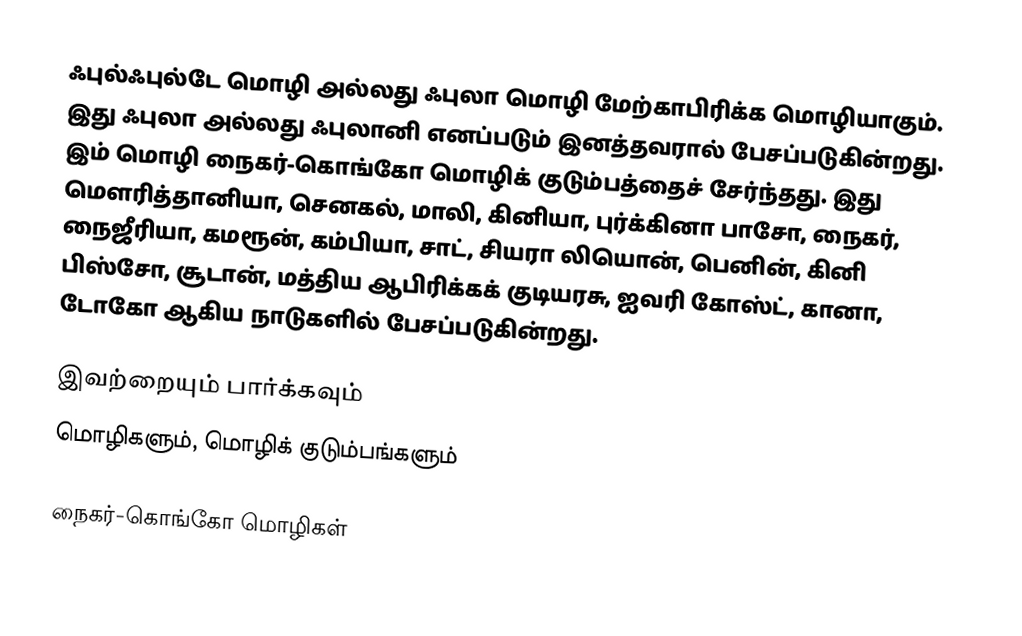
ஃபுல்ஃபுல்டே மொழி அல்லது ஃபுலா மொழி மேற்காபிரிக்க மொழியாகும். இது ஃபுலா அல்லது ஃபுலானி எனப்படும் இனத்தவரால் பேசப்படுகின்றது. இம் மொழி நைகர்-கொங்கோ மொழிக் குடும்பத்தைச் சேர்ந்தது. இது மௌரித்தானியா, செனகல், மாலி, கினியா, புர்க்கினா பாசோ, நைகர், நைஜீரியா, கமரூன், கம்பியா, சாட், சியரா லியொன், பெனின், கினி பிஸ்சோ, சூடான், மத்திய ஆபிரிக்கக் குடியரசு, ஐவரி கோஸ்ட், கானா, டோகோ ஆகிய நாடுகளில் பேசப்படுகின்றது.

இவற்றையும் பார்க்கவும்
 மொழிகளும், மொழிக் குடும்பங்களும்

நைகர்-கொங்கோ மொழிகள்